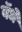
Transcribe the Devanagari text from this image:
बॅधे